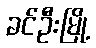
ခင်ဦးမြို့